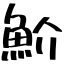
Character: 魪